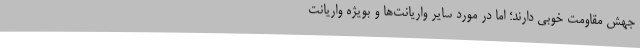
جهش مقاومت خوبی دارند؛ اما در مورد سایر واریانت‌ها و بویژه واریانت